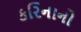
કરિનાનો